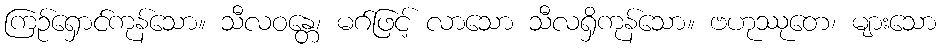
ကြဉ်ရှောင်ကုန်သော။ သီလဝန္တေ၊ မဂ်ဖြင့် လာသော သီလရှိကုန်သော။ ဗဟုဿုတေ၊ များသော